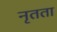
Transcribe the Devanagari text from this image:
नृतता